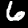
Label: 6